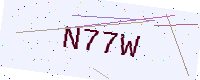
Text: N77W